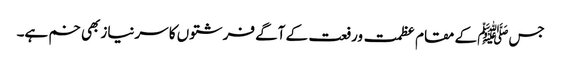
جسﷺ کے مقام عظمت ورفعت کے آگے فرشتوں کا سرنیاز بھی خم ہے۔